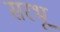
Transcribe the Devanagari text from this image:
सरभू